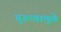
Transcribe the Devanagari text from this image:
गुरुत्वामुळे